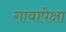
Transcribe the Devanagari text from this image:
गावापेक्षा